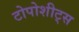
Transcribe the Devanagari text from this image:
टोपोशीट्स